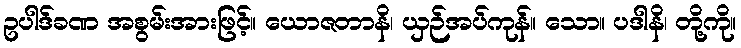
ဥပါဒ်ခဏ အစွမ်းအားဖြင့်။ ယောဇတာနိ၊ ယှဉ်အပ်ကုန်။ သော။ ပဒါနိ၊ တို့ကို။